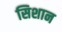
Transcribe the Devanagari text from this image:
सिशान